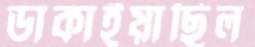
ডাকাইয়াছিল